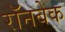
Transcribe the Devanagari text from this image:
रॉनबेक